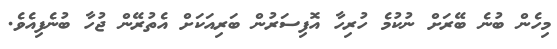
މިހެން ބުނެ ބޭރަށް ނުކުމެ ހުރިހާ އޮފިސަރުން ބަރިއަކަށް އެތުރޭން ޖުހާ ބުނެފިއެވެ.